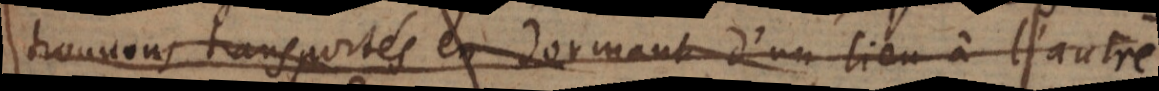
trouvons transportés en dormant d’un lieu à l’autre